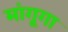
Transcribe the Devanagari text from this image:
मांगूगा